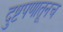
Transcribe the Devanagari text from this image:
दुष्टपणातूनच